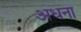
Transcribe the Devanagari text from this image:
अधना